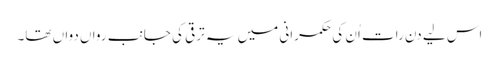
اس لیے دن رات اُن کی حکمرانی میں یہ ترقی کی جانب رواں دواں تھا۔